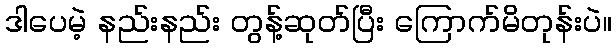
ဒါပေမဲ့ နည်းနည်း တွန့်ဆုတ်ပြီး ကြောက်မိတုန်းပဲ။